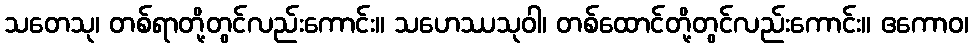
သတေသု၊ တစ်ရာတို့တွင်လည်းကောင်း။ သဟေဿသုဝါ၊ တစ်ထောင်တို့တွင်လည်းကောင်း။ ဧကောဝ၊